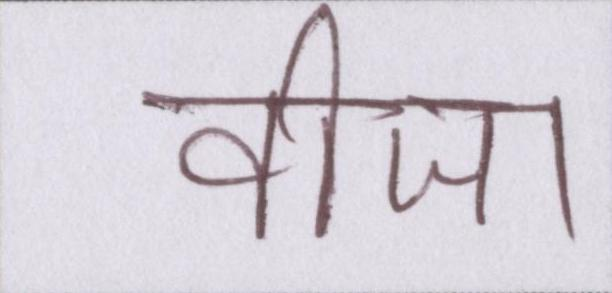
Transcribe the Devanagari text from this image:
वीजा